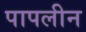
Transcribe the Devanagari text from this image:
पापलीन